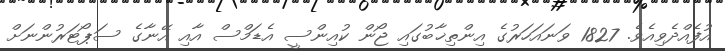
އުފެއްދެވިއެވެ. 1827 ވަނައަހަރުގެ އިންތިޚާބުގައި ޖޯން ކުއިންސީ އެޑަމްސް އާއި އޭނާގެ ސަޕޯޓަރުންނަށް